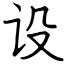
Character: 设